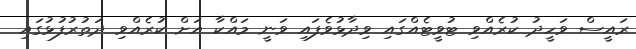
ރައީސް ވަހީދު ކުރެއްވި ޓުވީޓެއްގައި ވިދާޅުވެފައި ވަނީ މައްކާ އަށް ކުރެއްވި ދަތުރުފުޅުގައި